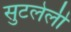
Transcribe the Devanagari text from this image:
सुटलेली